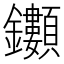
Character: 𮣯